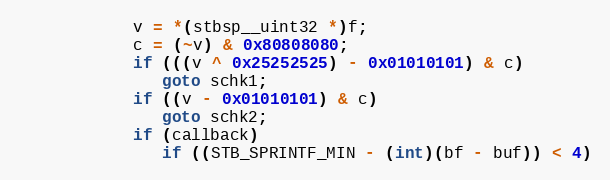
Language: C
            v = *(stbsp__uint32 *)f;
            c = (~v) & 0x80808080;
            if (((v ^ 0x25252525) - 0x01010101) & c)
               goto schk1;
            if ((v - 0x01010101) & c)
               goto schk2;
            if (callback)
               if ((STB_SPRINTF_MIN - (int)(bf - buf)) < 4)